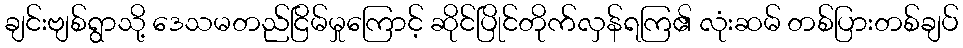
ချင်းဗျစ်ရွာသို့ ဒေသမတည်ငြိမ်မှုကြောင့် ဆိုင်ပြိုင်တိုက်လှန်ရကြ၏ လုံးဆမ် တစ်ပြားတစ်ချပ်